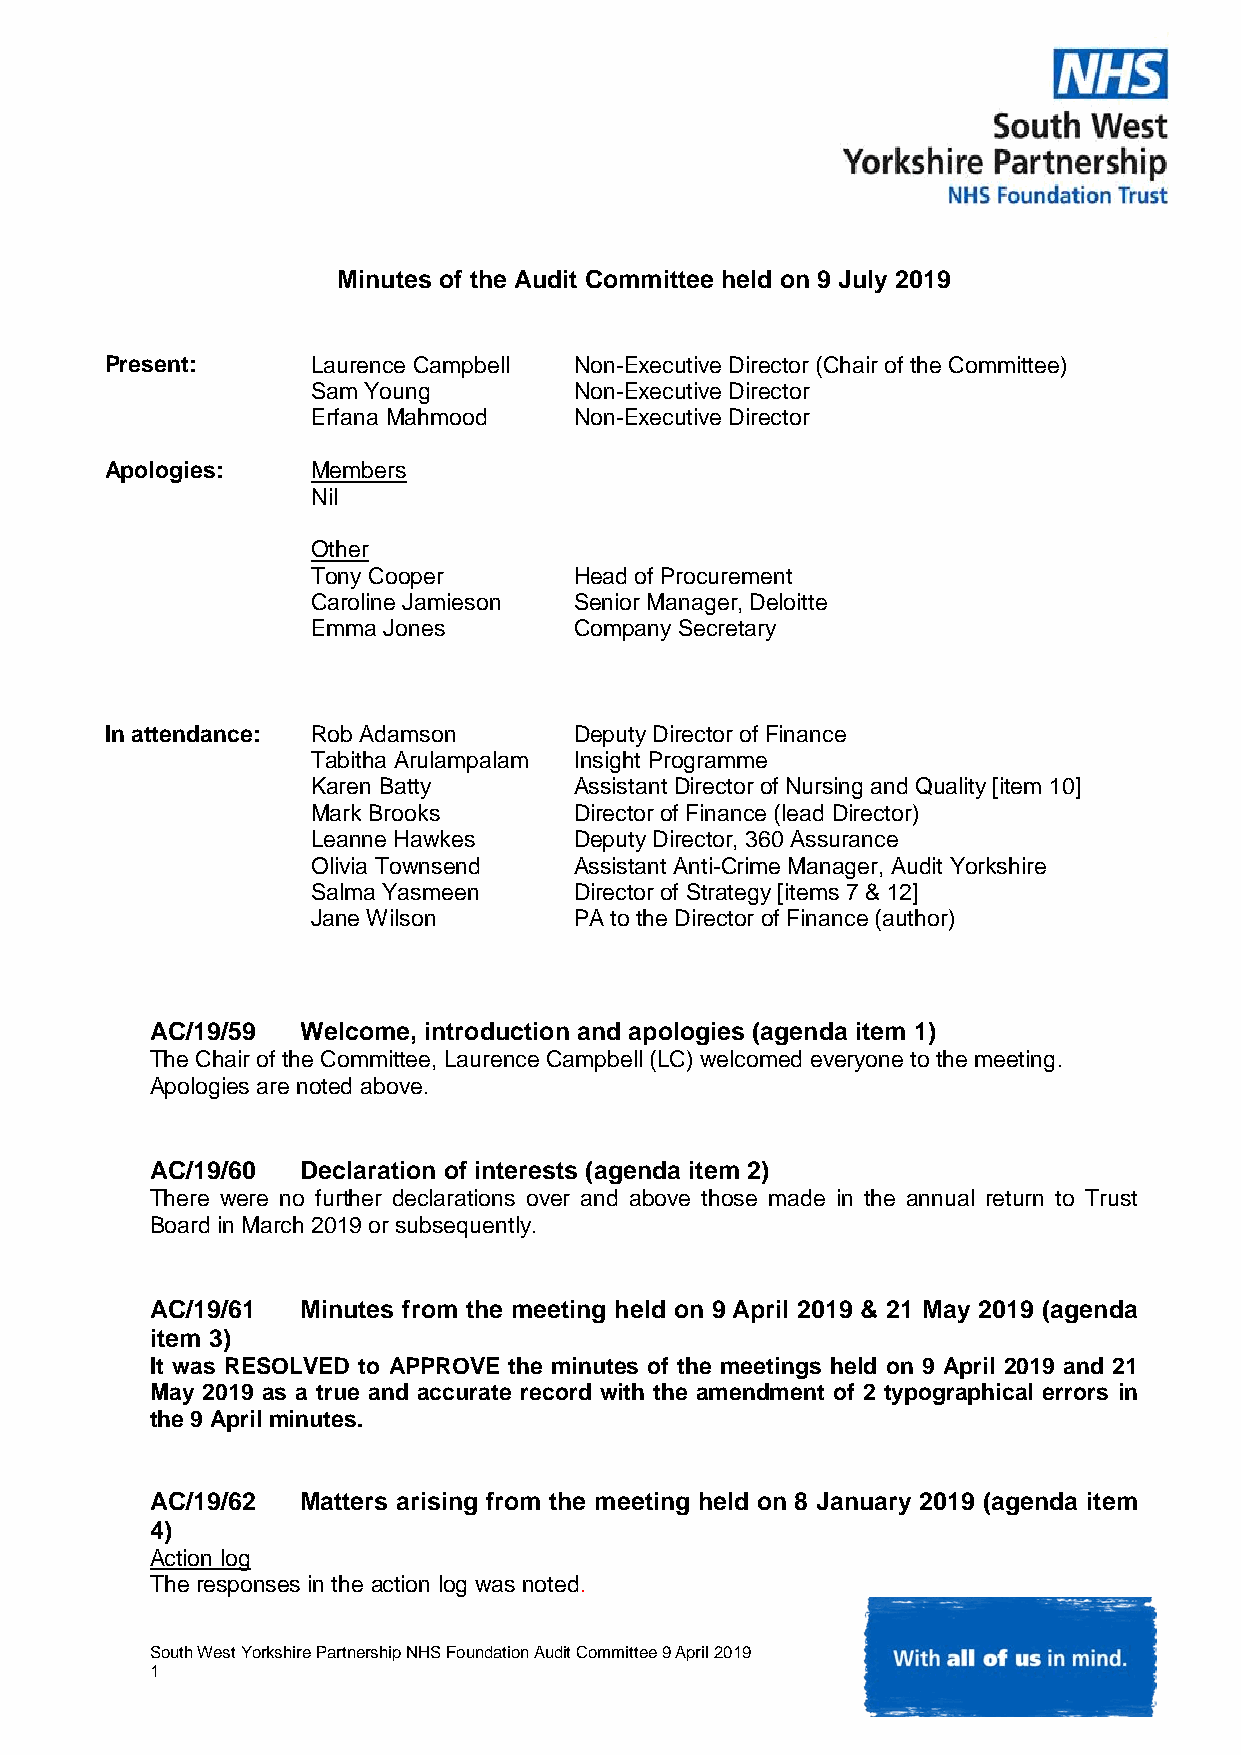
Minutes of the Audit Committee held on 9 July 2019
 Present:      Laurence Campbell Non-Executive Director (Chair of the Committee)
 Sam Young        Non-Executive Director
 Erfana Mahmood   Non-Executive Director
 Apologies:    Members
 Nil
 Other
 Tony Cooper      Head of Procurement
 Caroline Jamieson Senior Manager, Deloitte
 Emma Jones       Company Secretary
 In attendance: Rob Adamson     Deputy Director of Finance
 Tabitha Arulampalam Insight Programme
 Karen Batty      Assistant Director of Nursing and Quality [item 10]
 Mark Brooks      Director of Finance (lead Director)
 Leanne Hawkes    Deputy Director, 360 Assurance
 Olivia Townsend  Assistant Anti-Crime Manager, Audit Yorkshire
 Salma Yasmeen    Director of Strategy [items 7 & 12]
 Jane Wilson      PA to the Director of Finance (author)
 AC/19/59  Welcome, introduction and apologies (agenda item 1)
 The Chair of the Committee, Laurence Campbell (LC) welcomed everyone to the meeting.
 Apologies are noted above.
 AC/19/60  Declaration of interests (agenda item 2)
 There were no further declarations over and above those made in the annual return to Trust
 Board in March 2019 or subsequently.
 AC/19/61  Minutes from the meeting held on 9 April 2019 & 21 May 2019 (agenda
 item 3)
 It was RESOLVED to APPROVE the minutes of the meetings held on 9 April 2019 and 21
 May 2019 as a true and accurate record with the amendment of 2 typographical errors in
 the 9 April minutes.
 AC/19/62  Matters arising from the meeting held on 8 January 2019 (agenda item
 4)
 Action log
 The responses in the action log was noted.
 South West Yorkshire Partnership NHS Foundation Audit Committee 9 April 2019
 1